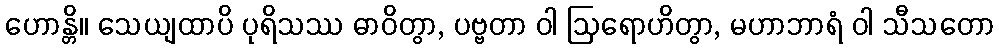
ဟောန္တိ။ သေယျထာပိ ပုရိသဿ ဓာဝိတွာ, ပဗ္ဗတာ ဝါ ဩရောဟိတွာ, မဟာဘာရံ ဝါ သီသတော